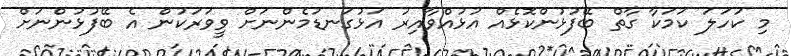
މި ކަހަލަ ކަމަކާ ގާތް ބޭފުޅުންކޮޅެއް އުޅުއްވާއިރު އަޅުގަނޑުމެންނަށް ވީވަރަކުން އެ ބޭފުޅުންނަށް